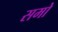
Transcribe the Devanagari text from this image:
समो